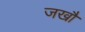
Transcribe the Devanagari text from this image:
जखौ